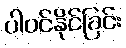
ပါဝင်နိုင်ခြင်း